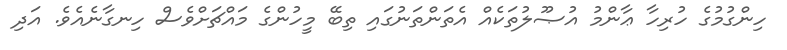
ހިންގުމުގެ ހުރިހާ ޢާންމު އުޞޫލުތަކެއް އެތަންތަނުގައި ތިބޭ މީހުންގެ މައްޗަށްވެސް ހިނގާނެއެވެ. އަދި